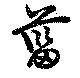
菑